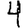
Digit: 4